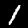
Label: 1